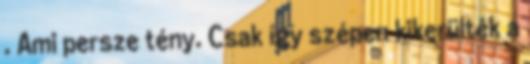
. Ami persze tény. Csak így szépen kikerülték a